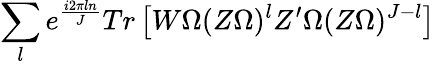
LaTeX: \sum_{l}e^{\frac{i2\pi ln}{J}}Tr\left[W\Omega(Z\Omega)^{l}Z^{\prime}\Omega(Z\Omega)^{J-l}\right]